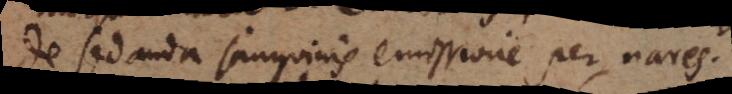
de sedanda sanguinis emissione per nares.